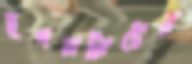
হগসট্র্যাটের